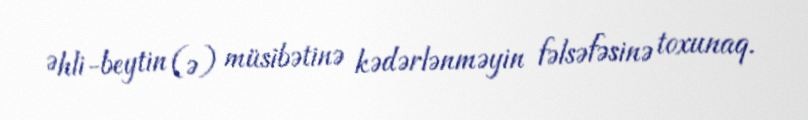
Əhli-beytin (ə) müsibətinə kədərlənməyin fəlsəfəsinə toxunaq.